Epidemic dropsy in Calcutta - Number 49
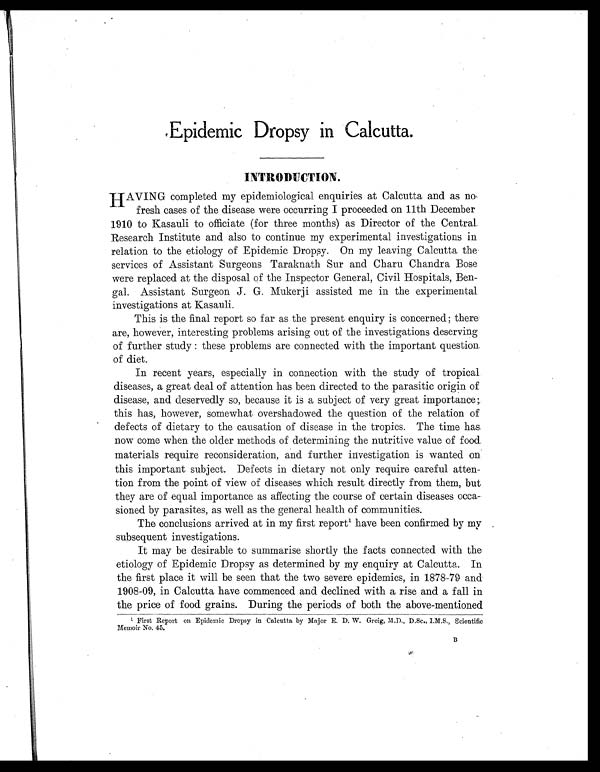
Epidemic Dropsy in Calcutta.
INTRODUCTION.
HAVING completed my epidemiological enquiries at Calcutta and as no
fresh cases of the disease were occurring I proceeded on 11th December
1910 to Kasauli to officiate (for three months) as Director of the Central
Research Institute and also to continue my experimental investigations in
relation to the etiology of Epidemic Dropsy. On my leaving Calcutta the
services of Assistant Surgeons Taraknath Sur and Charu Chandra Bose
were replaced at the disposal of the Inspector General, Civil Hospitals, Ben-
gal. Assistant Surgeon J. G. Mukerji assisted me in the experimental
investigations at Kasauli.
This is the final report so far as the present enquiry is concerned; there
are, however, interesting problems arising out of the investigations deserving
of further study : these problems are connected with the important question
of diet.
In recent years, especially in connection with the study of tropical.
diseases, a great deal of attention has been directed to the parasitic origin of
disease, and deservedly so, because it is a subject of very great importance;.
this has, however, somewhat overshadowed the question of the relation of
defects of dietary to the causation of disease in the tropics. The time has
now come when the older methods of determining the nutritive value of food
materials require reconsideration, and further investigation is wanted on
this important subject. Defects in dietary not only require careful atten-
tion from the point of view of diseases which result directly from them, but
they are of equal importance as affecting the course of certain diseases occa-
sioned by parasites, as well as the general health of communities.
The conclusions arrived at in my first report1 have been confirmed by my
subsequent investigations.
It may be desirable to summarise shortly the facts connected with the
etiology of Epidemic Dropsy as determined by my enquiry at Calcutta. In
the first place it will be seen that the two severe epidemics, in 1878-79 and
1908-09, in Calcutta have commenced and declined with a rise and a fall in
the price of food grains. During the periods of both the above-mentioned
1 First Report on Epidemic Dropsy in Calcutta by Major E. D. W. Greig, M.D., D.Sc., I.M.S. Scientific
Memoir No. 45.
B